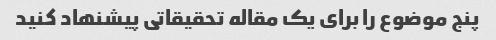
پنج موضوع را برای یک مقاله تحقیقاتی پیشنهاد کنید